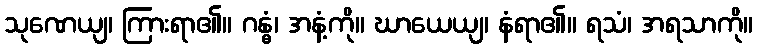
သုဏေယျ၊ ကြားရာ၏။ ဂန္ဓံ၊ အနံ့ကို။ ဃာယေယျ၊ နံရာ၏။ ရသံ၊ အရသာကို။